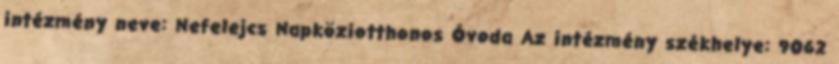
intézmény neve: Nefelejcs Napköziotthonos Óvoda Az intézmény székhelye: 9062